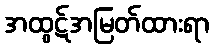
အထွဋ်အမြတ်ထားရာ